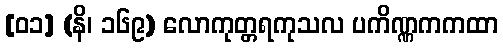
[၀၁] (နိ၊ ၁၆၉) လောကုတ္တရကုသလ ပကိဏ္ဏကကထာ